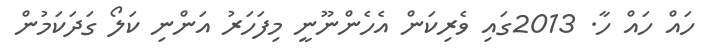
ހައް ހައް ހާ. 2013ގައި ވެރިކަން އެހެންނޫނީ މިފަހަރު އަންނި ކަލޯ ގަދަކަމުން